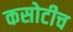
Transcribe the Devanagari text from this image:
कसोटीच